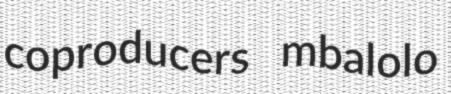
coproducers mbalolo